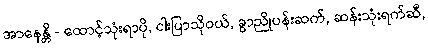
အာနေန္တိ - ထောင့်သုံးရာပို, ငါးပြာသိုဝယ်, ခွာညိုပန်းဆက်, ဆန်းသုံးရက်ဆီ,